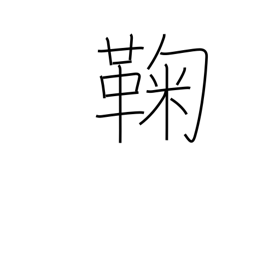
Meaning: ball